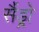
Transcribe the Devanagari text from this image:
सैंड्रो